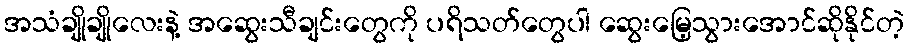
အသံချိုချိုလေးနဲ့ အဆွေးသီချင်းတွေကို ပရိသတ်တွေပါ ဆွေးမြေ့သွားအောင်ဆိုနိုင်တဲ့